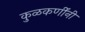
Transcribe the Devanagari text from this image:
कुळकर्णींनी